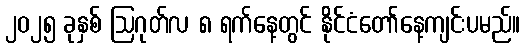
၂၀၂၅ ခုနှစ် ဩဂုတ်လ ၈ ရက်နေ့တွင် နိုင်ငံတော်နေ့ကျင်းပမည်။